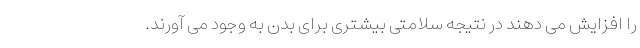
را افزایش می دهند در نتیجه سلامتی بیشتری برای بدن به وجود می آورند.